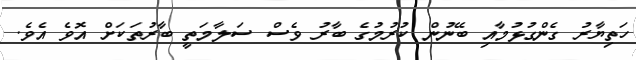
ހަތިޔާރު ގެންގުޅުމާއި ބޭނުން ކުރުމުގެ ބާރު ވެސް ސަލާމަތީ ބާރުތަކަށް އޮވެ އެވެ.